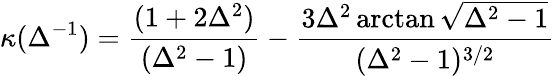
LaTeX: \kappa(\Delta^{-1})=\frac{(1+2\Delta^{2})}{(\Delta^{2}-1)}-\frac{3\Delta^{2}\arctan\sqrt{\Delta^{2}-1}}{(\Delta^{2}-1)^{3/2}}